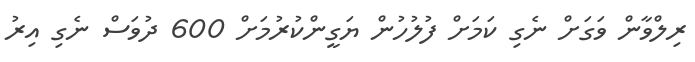
ރިލްވާން ވަގަށް ނެގި ކަމަށް ފުލުހުން ޔަގީންކުރުމަށް 600 ދުވަސް ނެގި އިރު